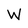
Character: W